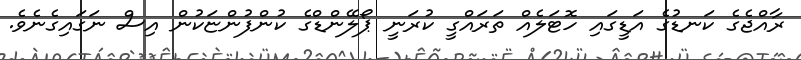
ރާއްޖެގެ ކަނޑުގެ އަޑީގައި ހޮޓަލެއް ތަރައްގީ ކުރަނީ ޕޯލޭންޑްގެ ކުންފުންޏަކުން އިސް ނަގައިގެނެވެ.